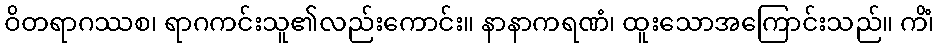
ဝိတရာဂဿစ၊ ရာဂကင်းသူ၏လည်းကောင်း။ နာနာကရဏံ၊ ထူးသောအကြောင်းသည်။ ကိံ၊